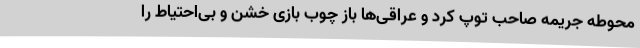
محوطه جریمه صاحب توپ کرد و عراقی‌ها باز چوب بازی خشن و بی‌احتیاط را